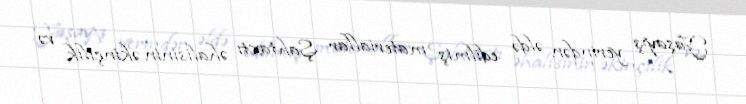
Yaşayış yerindən əldə edilmiş materiallar Şahtaxtı əhalisinin əkinçilik və